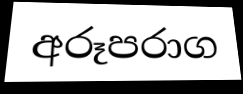
අරූපරාග